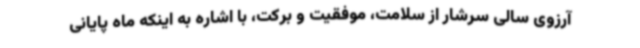
آرزوی سالی سرشار از سلامت، موفقیت و برکت، با اشاره به اینکه ماه پایانی